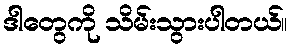
ဒါတွေကို သိမ်းသွားပါတယ်။